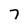
Character: 7